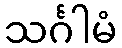
သင်္ဂါမံ